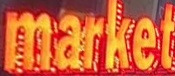
market